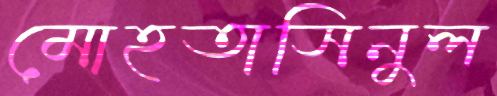
মোহতাসিনুল